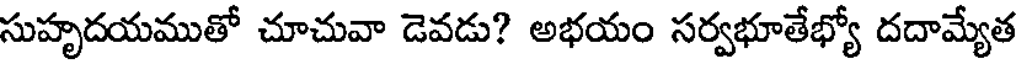
సుహృదయముతో చూచువా డెవడు? అభయం సర్వభూతేభ్యో దదామ్యేత